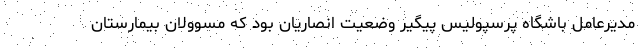
مدیرعامل باشگاه پرسپولیس پیگیر وضعیت انصاریان بود که مسوولان بیمارستان